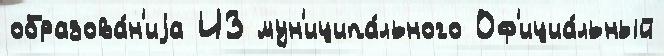
образова́н'иjа ИЗ мун'иципа́льного Оф'ициа́льный